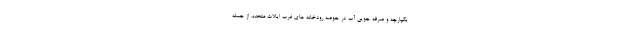
یکپارچه و صرفه جویی آب در حوضه رودخانه های غرب ایالات متحده، از جمله